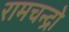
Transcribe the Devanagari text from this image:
रामचन्द्रो